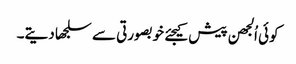
کوئی اُلجھن پیش کیجئے خوبصورتی سے سلجھا دیتے۔